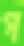
প